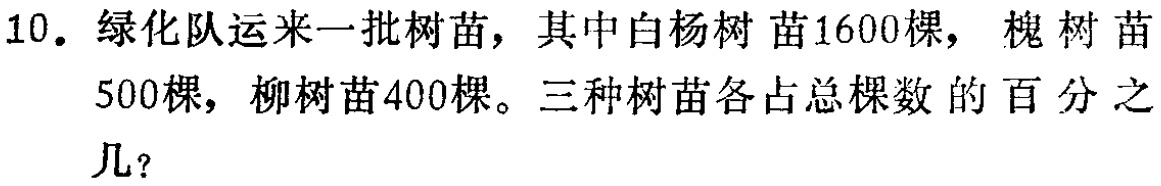
10. 绿化队运来一批树苗，其中白杨树苗1600棵，槐树苗500棵，柳树苗400棵。三种树苗各占总棵数的百分之几？